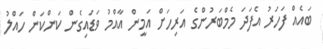
ބައެއް ފަހަރު އެފަދަ މެމްބަރުންގެ އަރިހަށް އަމީން އާއްމު ވަޑައިގެން ކަންކަން ހައްލު